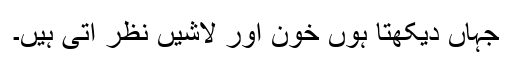
جہاں دیکھتا ہوں خون اور لاشیں نظر آتی ہیں۔